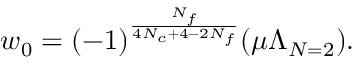
w _ { 0 } = ( - 1 ) ^ { \frac { N _ { f } } { 4 N _ { c } + 4 - 2 N _ { f } } } ( \mu \Lambda _ { N = 2 } ) .